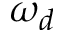
\omega _ { d }